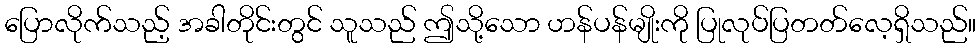
ပြောလိုက်သည့် အခါတိုင်းတွင် သူသည် ဤသို့သော ဟန်ပန်မျိုးကို ပြုလုပ်ပြတတ်လေ့ရှိသည်။